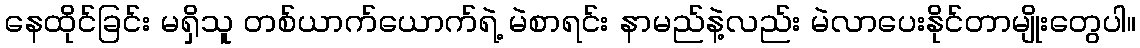
နေထိုင်ခြင်း မရှိသူ တစ်ယာက်ယောက်ရဲ့ မဲစာရင်း နာမည်နဲ့လည်း မဲလာပေးနိုင်တာမျိုးတွေပါ။